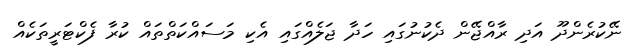
ނޭކުރެންދޫ އަދި ރާއްޖޭން ދެކުނުގައި ހަދާ ޖަލެއްގައި އެކި މަސައްކަތްތައް ކުރާ ފެކްޓަރީތަކެއް